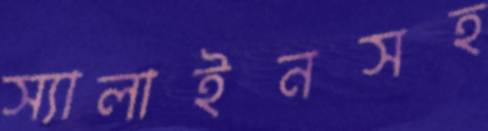
স্যালাইনসহ